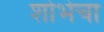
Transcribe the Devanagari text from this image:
शोभेचा